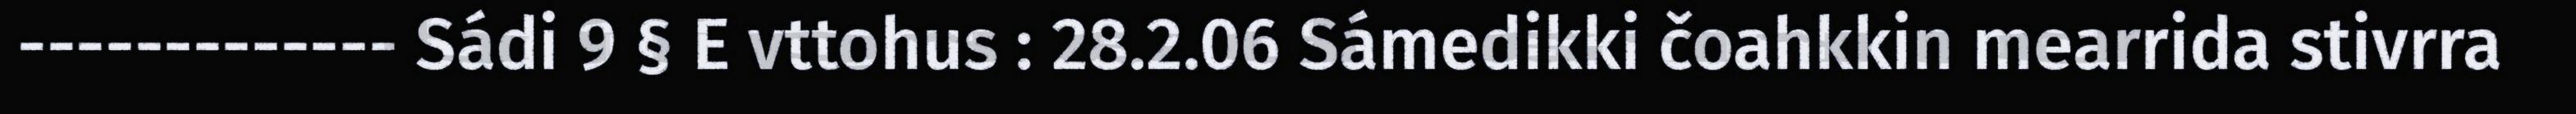
------------- Sádi 9 § E vttohus : 28.2.06 Sámedikki čoahkkin mearrida stivrra